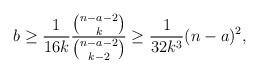
LaTeX: \begin{align*}b \ge \frac{1}{16k}\frac{\binom{n-a-2}{k}}{\binom{n-a-2}{k-2}}\ge \frac{1}{32k^3}(n-a)^{2},\end{align*}